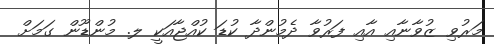
މަރުވި ޒުވާނާއި އާއި ފަރުވާ ދެމުންދާ ކުޑަ ކުއްޖާއަކީ ލ. މުންޑޫން ގަމަށް